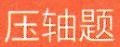
压轴题